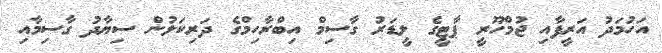
އަހުމަދު އަރީފާއި ޖުމްހޫރީ ޕާޓީގެ ލީޑަރު ގާސިމް އިބްރާހިމްގެ ދަރިކަލުން ސިޔާދު ގާސިމާއި